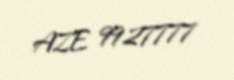
AZE 9927777